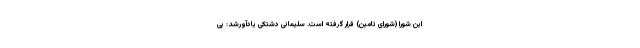
این شورا (شورای تامین) قرار گرفته است. سلیمانی دشتکی یادآورشد: پی